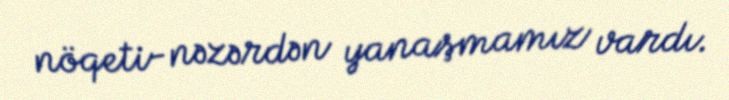
nöqeti-nəzərdən yanaşmamız vardı.